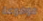
موضوعة